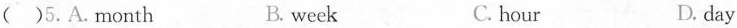
( )5.A.Month B. week C. hour D. day